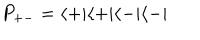
LaTeX: P _ { + - } = \langle + | \langle + | \langle - | \langle - |